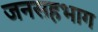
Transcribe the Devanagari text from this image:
जनसहभाग